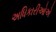
અધિકારીઓએ